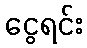
ငွေရင်း